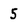
Character: 5